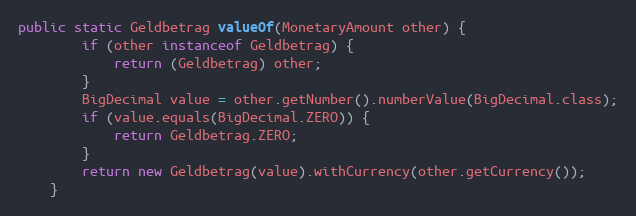
Language: Java
public static Geldbetrag valueOf(MonetaryAmount other) {
        if (other instanceof Geldbetrag) {
            return (Geldbetrag) other;
        }
        BigDecimal value = other.getNumber().numberValue(BigDecimal.class);
        if (value.equals(BigDecimal.ZERO)) {
            return Geldbetrag.ZERO;
        }
        return new Geldbetrag(value).withCurrency(other.getCurrency());
    }